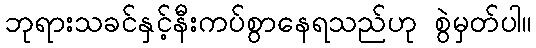
ဘုရားသခင်နှင့်နီးကပ်စွာနေရသည်ဟု စွဲမှတ်ပါ။